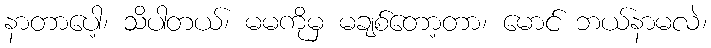
နာတာပေါ့၊ သိပါတယ်၊ မမကိုမှ မချစ်တော့တာ၊ မောင် ဘယ်နာမလဲ၊